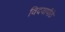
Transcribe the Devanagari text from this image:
विदयापीठे